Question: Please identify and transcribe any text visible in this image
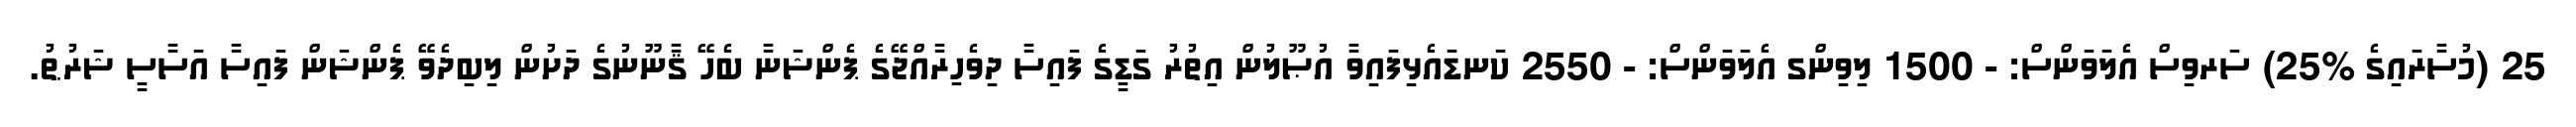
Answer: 25 (މުސާރައިގެ %25) ސަރވިސް އެލަވަންސް: - 1500 ލިވިންގ އެލަވަންސް: - 2550 ކަނޑައެޅިފައިވާ އުޞޫލުން އިތުރު ގަޑީގެ ފައިސާ ދިވެހިރާއްޖޭގެ ޕެންޝަނާ ބެހޭ ޤާނޫނުގެ ދަށުން ލިބިދެވޭ ޕެންޝަން ފައިސާ އަސާސީ ޝަރުޠު.